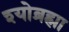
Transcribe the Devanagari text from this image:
श्योब्रह्मा